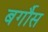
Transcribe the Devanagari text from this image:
बर्गौस